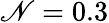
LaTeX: \mathscr{N}=0.3